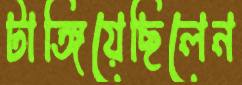
টাঙ্গিয়েছিলেন